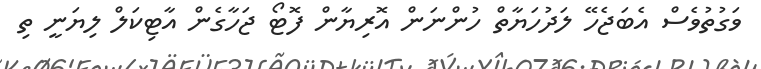
ވަގުތުވެސް އެބަޖެހޭ ލަދުހަޔާތް ހުންނަން އޮރިޔާންް ފޮޓޯ ޖަހާގެން އާޓިކަލް ލިޔަނީ ތި